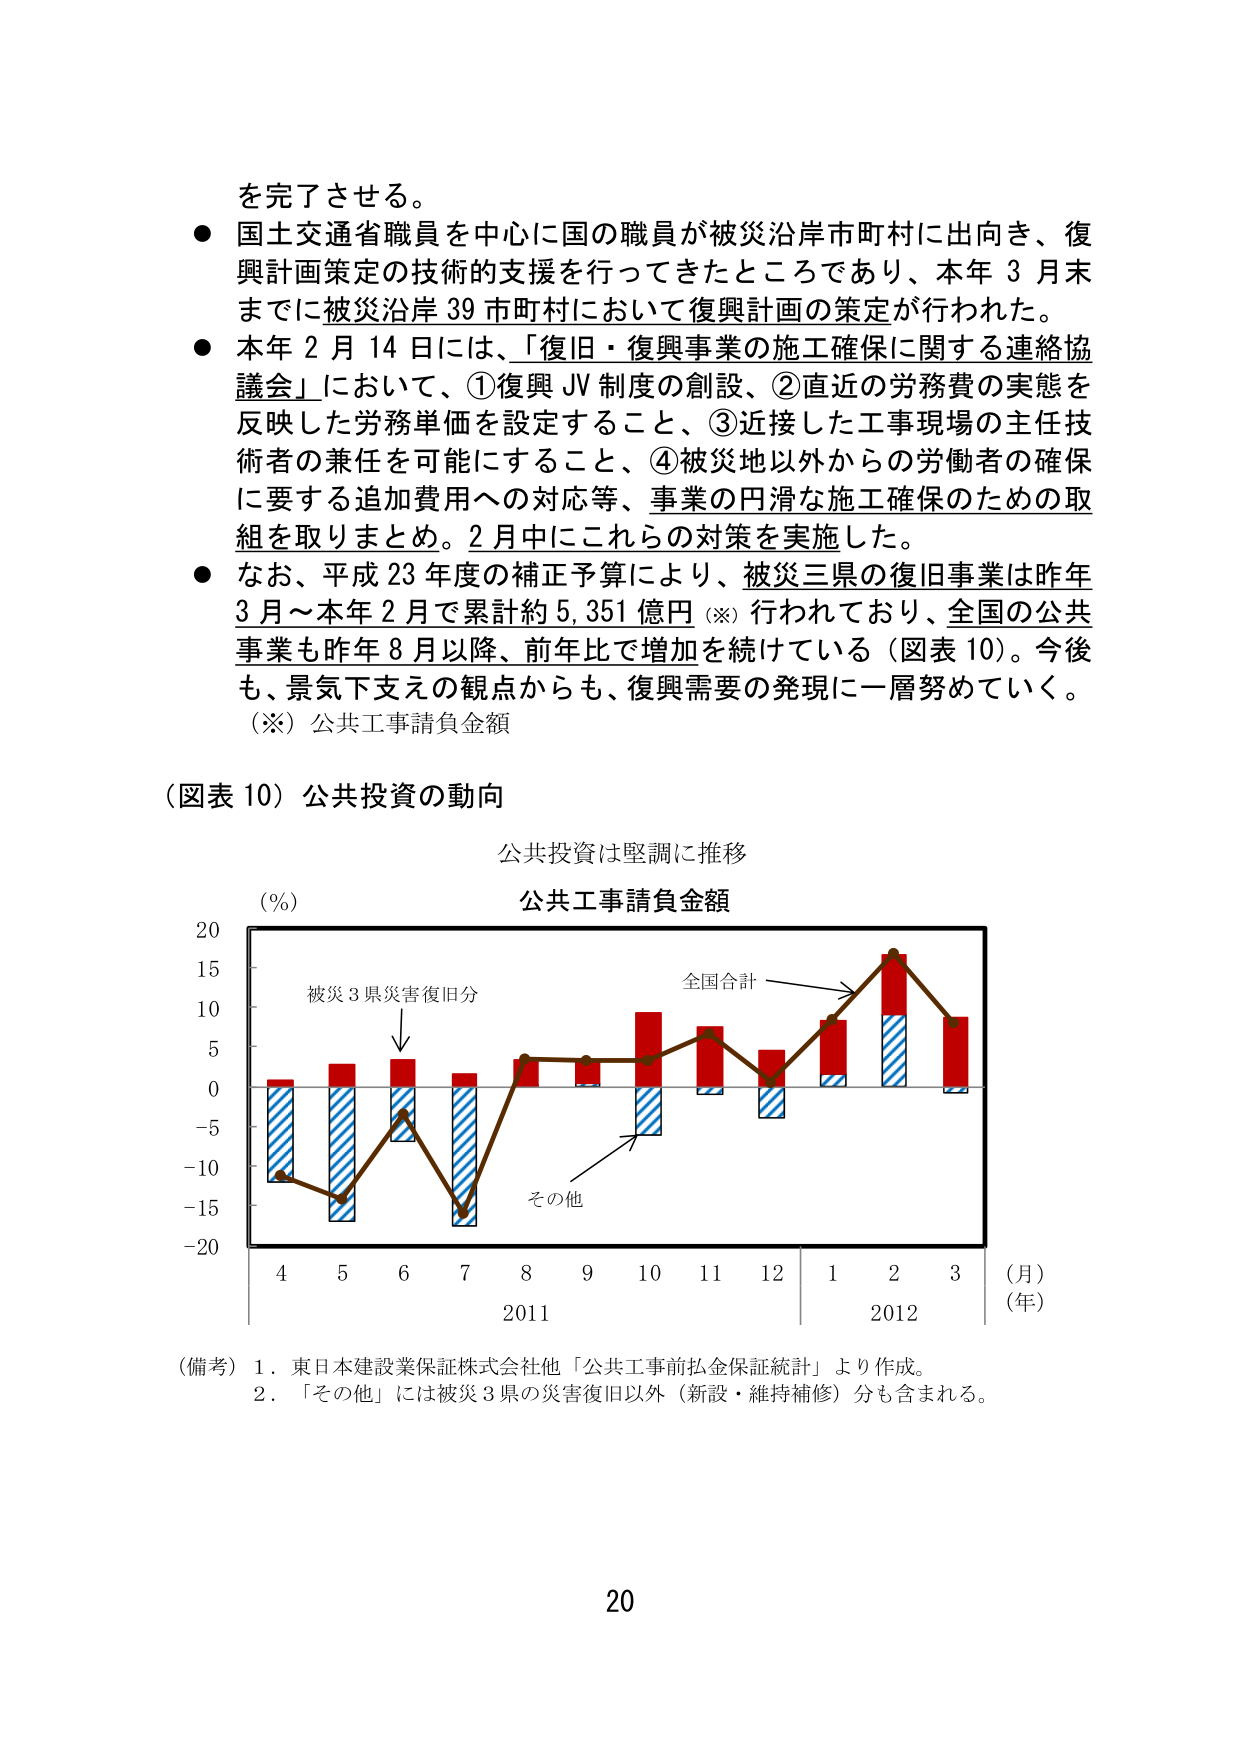
を完了させる。
● 国土交通省職員を中心に国の職員が被災沿岸市町村に出向き、復興計画策定の技術的支援を行ってきたところであり、本年３月末までに被災沿岸39市町村において復興計画の策定が行われた。
● 本年２月14日には、「復旧・復興事業の施工確保に関する連絡協議会」において、①復興JV制度の創設、②直近の労務費の実態を反映した労務単価を設定すること、③近接した工事現場の主任技術者の兼任を可能にすること、④被災地以外からの労働者の確保に要する追加費用への対応等、事業の円滑な施工確保のための取組を取りまとめ。2月中にこれらの対策を実施した。
● なお、平成23年度の補正予算により、被災三県の復旧事業は昨年3月～本年2月で累計約5,351億円（※）行われており、全国の公共事業も昨年8月以降、前年比で増加を続けている（図表10）。今後も、景気下支えの観点からも、復興需要の発現に一層努めていく。
（※）公共工事請負金額

（図表10）公共投資の動向
公共投資は堅調に推移
公共工事請負金額
（％）
20
15
10
5
0
－5
－10
－15
－20
被災3県災害復旧分
全国合計
その他
4 5 6 7 8 9 10 11 12 1 2 3
（月）
（年）
2011
2012

（備考）1．東日本建設業保証株式会社他「公共工事前払金保証統計」より作成。
2．「その他」には被災3県の災害復旧以外（新設・維持補修）分も含まれる。

20